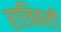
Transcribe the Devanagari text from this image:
रात्रिबली